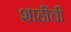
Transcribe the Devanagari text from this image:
शाहींची